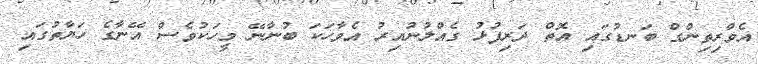
އެވްރިތިންގް ބަނޑުގައި އޮތް ދަރިފުޅު ގެއްލުނުއިރު އެވާހަކަ ބުނާނޭ މީހަކުވެސް އޭނާގެ ހަޔާތުގައި